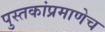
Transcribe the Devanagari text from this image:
पुस्तकांप्रमाणेच